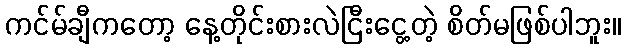
ကင်မ်ချီကတော့ နေ့တိုင်းစားလဲငြီးငွေ့တဲ့ စိတ်မဖြစ်ပါဘူး။